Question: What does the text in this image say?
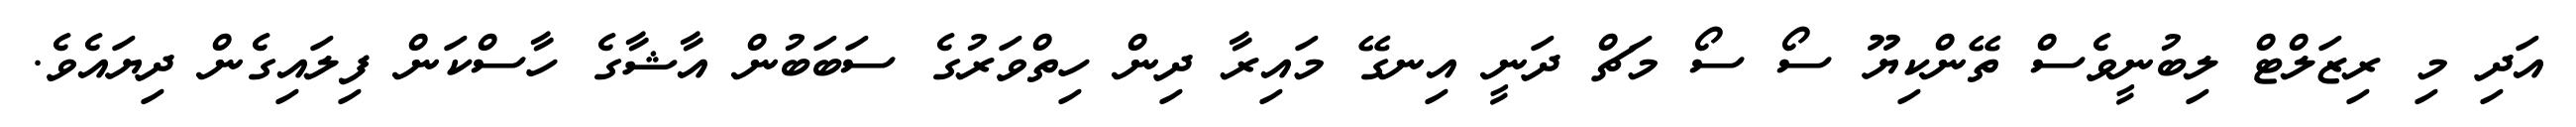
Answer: އަދި މި ރިޒަލްޓް ލިބުނީވެސް ތޭންކިޔޫ ސޯ ސޯ މަޗް ދަނީ އިނގޭ މައިރާ ދިން ހިތްވަރުގެ ސަބަބުން އާޝާގެ ހާސްކަން ފިލައިގެން ދިޔައެވެ.